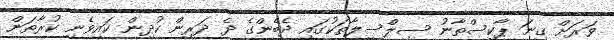
ވަރަށް ގިނަ ޕާކިސްތާނު ސިލްސިލާތަކުގައި ދެބެންގެ ދެ ދަރިން ކުދިން ކައިވެނި ކުރާތަން